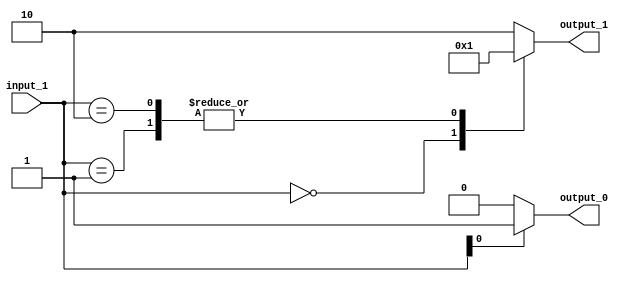
// Generator : SpinalHDL v1.4.3    git head : adf552d8f500e7419fff395b7049228e4bc5de26
// Component : unnamed
// Git hash  : adf552d8f500e7419fff395b7049228e4bc5de26



module unnamed (
  input      [1:0]    input_1,
  output     [0:0]    output_0,
  output     [1:0]    output_1
);
  reg        [0:0]    _zz_2;
  reg        [1:0]    _zz_3;
  wire       [0:0]    _zz_4;
  wire       [1:0]    _zz_5;
  wire                _zz_1;

  assign _zz_4 = _zz_1;
  assign _zz_5 = {input_1[1],_zz_1};
  always @(*) begin
    case(_zz_4)
      1'b0 : begin
        _zz_2 = 1'b0;
      end
      default : begin
        _zz_2 = 1'b1;
      end
    endcase
  end

  always @(*) begin
    case(_zz_5)
      2'b00 : begin
        _zz_3 = 2'b00;
      end
      2'b01 : begin
        _zz_3 = 2'b01;
      end
      2'b10 : begin
        _zz_3 = 2'b01;
      end
      default : begin
        _zz_3 = 2'b10;
      end
    endcase
  end

  assign _zz_1 = input_1[0];
  assign output_0 = _zz_2;
  assign output_1 = _zz_3;

endmodule